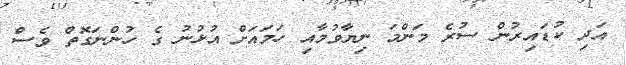
އަދި ކުޑައިރުން ސުރެ މަންމަ ނިޔާވުމާއި ހަމައަށް އުޅުނު ގެ ހުންނަގޮތް ވެސް